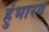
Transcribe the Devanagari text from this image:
हुंभारव